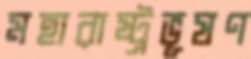
মহারাষ্ট্রভূষণ